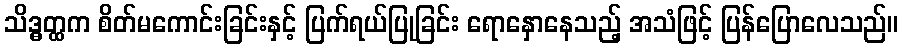
သိဒ္ဓတ္ထက စိတ်မကောင်းခြင်းနှင့် ပြက်ရယ်ပြုခြင်း ရောနှောနေသည့် အသံဖြင့် ပြန်ပြောလေသည်။